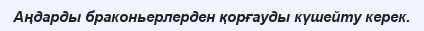
Аңдарды браконьерлерден қорғауды күшейту керек.